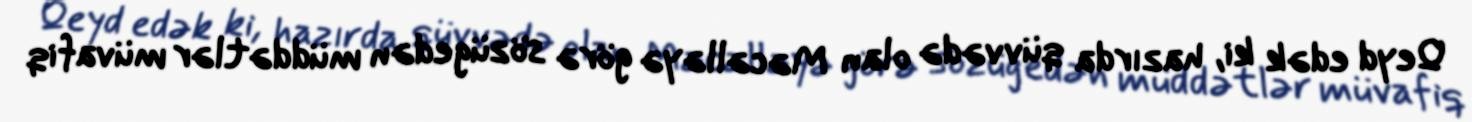
Qeyd edək ki, hazırda qüvvədə olan Məcəlləyə görə sözügedən müddətlər müvafiq